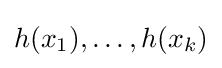
h(x_{1}),\dots ,h(x_{k})